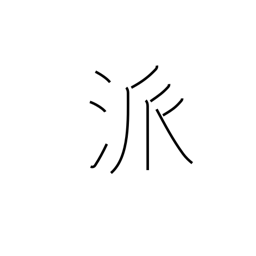
Meaning: school